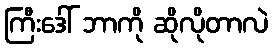
ကြီးဒေါ် ဘာကို ဆိုလိုတာလဲ